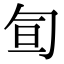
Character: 𠣙